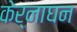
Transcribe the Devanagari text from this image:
केर्नाघन